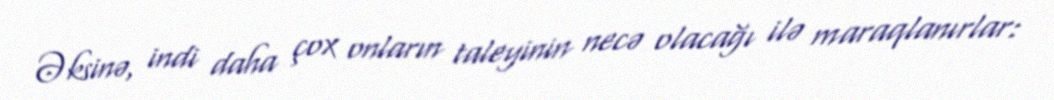
Əksinə, indi daha çox onların taleyinin necə olacağı ilə maraqlanırlar: